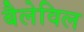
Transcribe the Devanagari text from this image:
बैलेविल